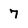
Character: 7